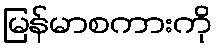
မြန်မာစကားကို